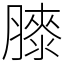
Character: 𦡀